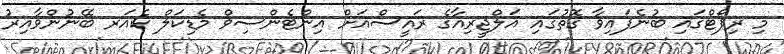
މި ރިޕޯޓްގައި ބުނެފައިވާ ގޮތުގައި އަލްޖީރިއާގެ ރައީސްއަށް އިންޓެންސިވް މެޑިކަލް ކެއަރ ބޭނުންވާއިރު